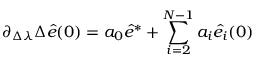
\partial _ { \Delta \lambda } \Delta \hat { e } ( 0 ) = a _ { 0 } \hat { e } ^ { * } + \sum _ { i = 2 } ^ { N - 1 } a _ { i } \hat { e } _ { i } ( 0 )